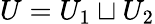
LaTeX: U=U_{1}\sqcup U_{2}